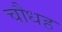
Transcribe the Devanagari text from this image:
चौधह